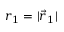
{ r _ { 1 } = | \vec { r } _ { 1 } | }